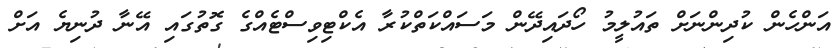
އަންހެން ކުދިންނަށް ތައުލީމު ހޯދައިދޭން މަސައްކަތްކުރާ އެކްޓިވިސްޓެއްގެ ގޮތުގައި އޭނާ ދުނިޔެ އަށް